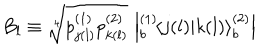
B _ { l } \equiv \sqrt [ [object Object] ] ] { p _ { j ( l ) } ^ { ( 1 ) } p _ { k ( l ) } ^ { ( 2 ) } } \, \left| { } _ { b } ^ { ( 1 ) } \! \left\langle { j ( l ) } | { k ( l ) } \right\rangle _ { b } ^ { ( 2 ) } \right|